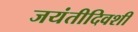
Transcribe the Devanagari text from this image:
जयंतीदिवशी